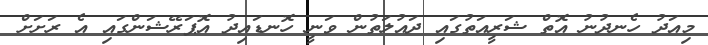
މިއަދު ހެނދުނު އޮތް ޝަރީއަތުގައި ދައުލަތުން ވަނީ ހޮނޑައިދު އޮޕަރޭޝަންގައި އެ ރަށަށް